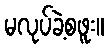
မလုပ်ခဲ့စဖူး။